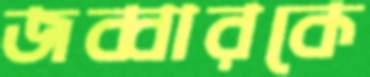
জব্বারকে